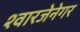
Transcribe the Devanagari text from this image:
श्वारजेनेगर